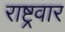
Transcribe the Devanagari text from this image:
राष्ट्रवार